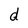
Character: d